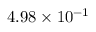
4 . 9 8 \times 1 0 ^ { - 1 }